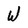
Character: W